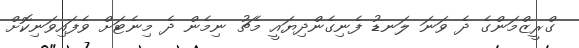
ގްރީޒްމަންގެ ދެ ވަނަ ލަނޑު ފެނިގެންދިޔައީ މެޗު ނިމެން ދެ މިނެޓަށް ވެފައިވަނިކޮށް